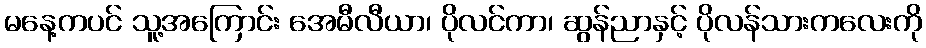
မနေ့ကပင် သူ့အကြောင်း အေမီလီယာ၊ ပိုလင်ကာ၊ ဆွန်ညာနှင့် ပိုလန်သားကလေးကို